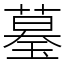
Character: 𦻒